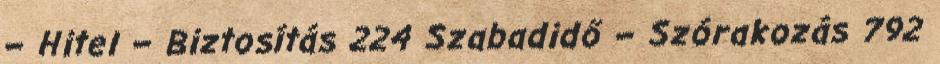
– Hitel – Biztosítás 224 Szabadidő – Szórakozás 792